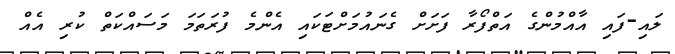
ލައި-ފައި އާއްމުންގެ އަތްފޯރާ ފަށަށް ގެނައުމަށްޓަކައި އެންމެ ފުރަތަމަ މަސައްކަތް ކުރި އެއް